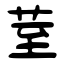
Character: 荎